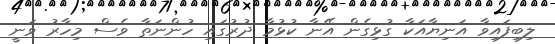
ލިބިފައިވާ އަނިޔާއަކާ ގުޅިގެން އޭނާ ކުޅުމާ ދުރުގައި ހުންނަތާ ވެސް މިހާރު ވަނީ